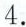
4.